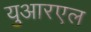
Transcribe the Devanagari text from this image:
युआरएल